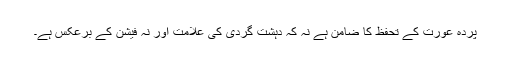
پردہ عورت کے تحفظ کا ضامن ہے نہ کہ دہشت گردی کی علامت اور نہ فیشن کے برعکس ہے۔